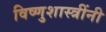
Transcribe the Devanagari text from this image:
विष्णुशास्त्रींनी